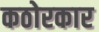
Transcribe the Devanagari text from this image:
कठोरकार